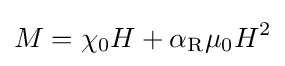
M=\chi _{0}H+\alpha _{\text{R}}\mu _{0}H^{2}